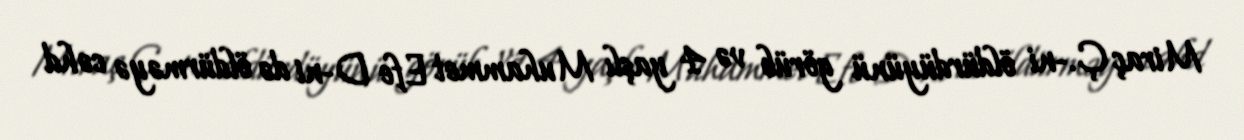
Miraç Ç.-ni öldürdüyünü görüb və 4 yaşlı Muhammet Efe D-ni də öldürməyə cəhd